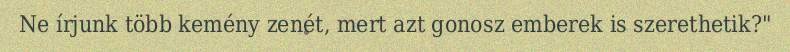
Ne írjunk több kemény zenét, mert azt gonosz emberek is szerethetik?"